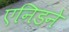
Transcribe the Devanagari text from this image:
एनिडने